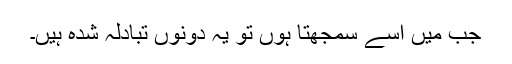
جب میں اسے سمجھتا ہوں تو یہ دونوں تبادلہ شدہ ہیں۔